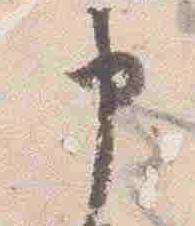
申